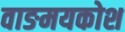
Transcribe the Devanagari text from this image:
वाङमयकोश